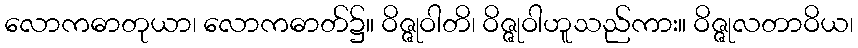
လောကဓာတုယာ၊ လောကဓာတ်၌။ ဝိဇ္ဇုဝါတိ၊ ဝိဇ္ဇုဝါဟူသည်ကား။ ဝိဇ္ဇုလတာဝိယ၊